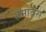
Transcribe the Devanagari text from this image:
समावेस